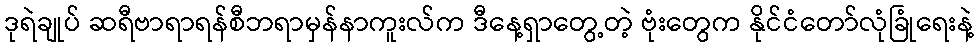
ဒုရဲချုပ် ဆရီဗာရာရန်စီဘရာမှန်နာကူးလ်က ဒီနေ့ရှာတွေ့တဲ့ ဗုံးတွေက နိုင်ငံတော်လုံခြုံရေးနဲ့